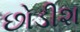
છોડીશ